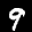
Label: 9